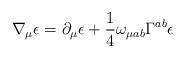
LaTeX: \begin{align*}\nabla_\mu \epsilon =\partial_\mu \epsilon +\frac{1}{4} \omega_{\mu ab}\Gamma^{ab}\epsilon\end{align*}